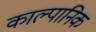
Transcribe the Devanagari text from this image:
काल्पानिक